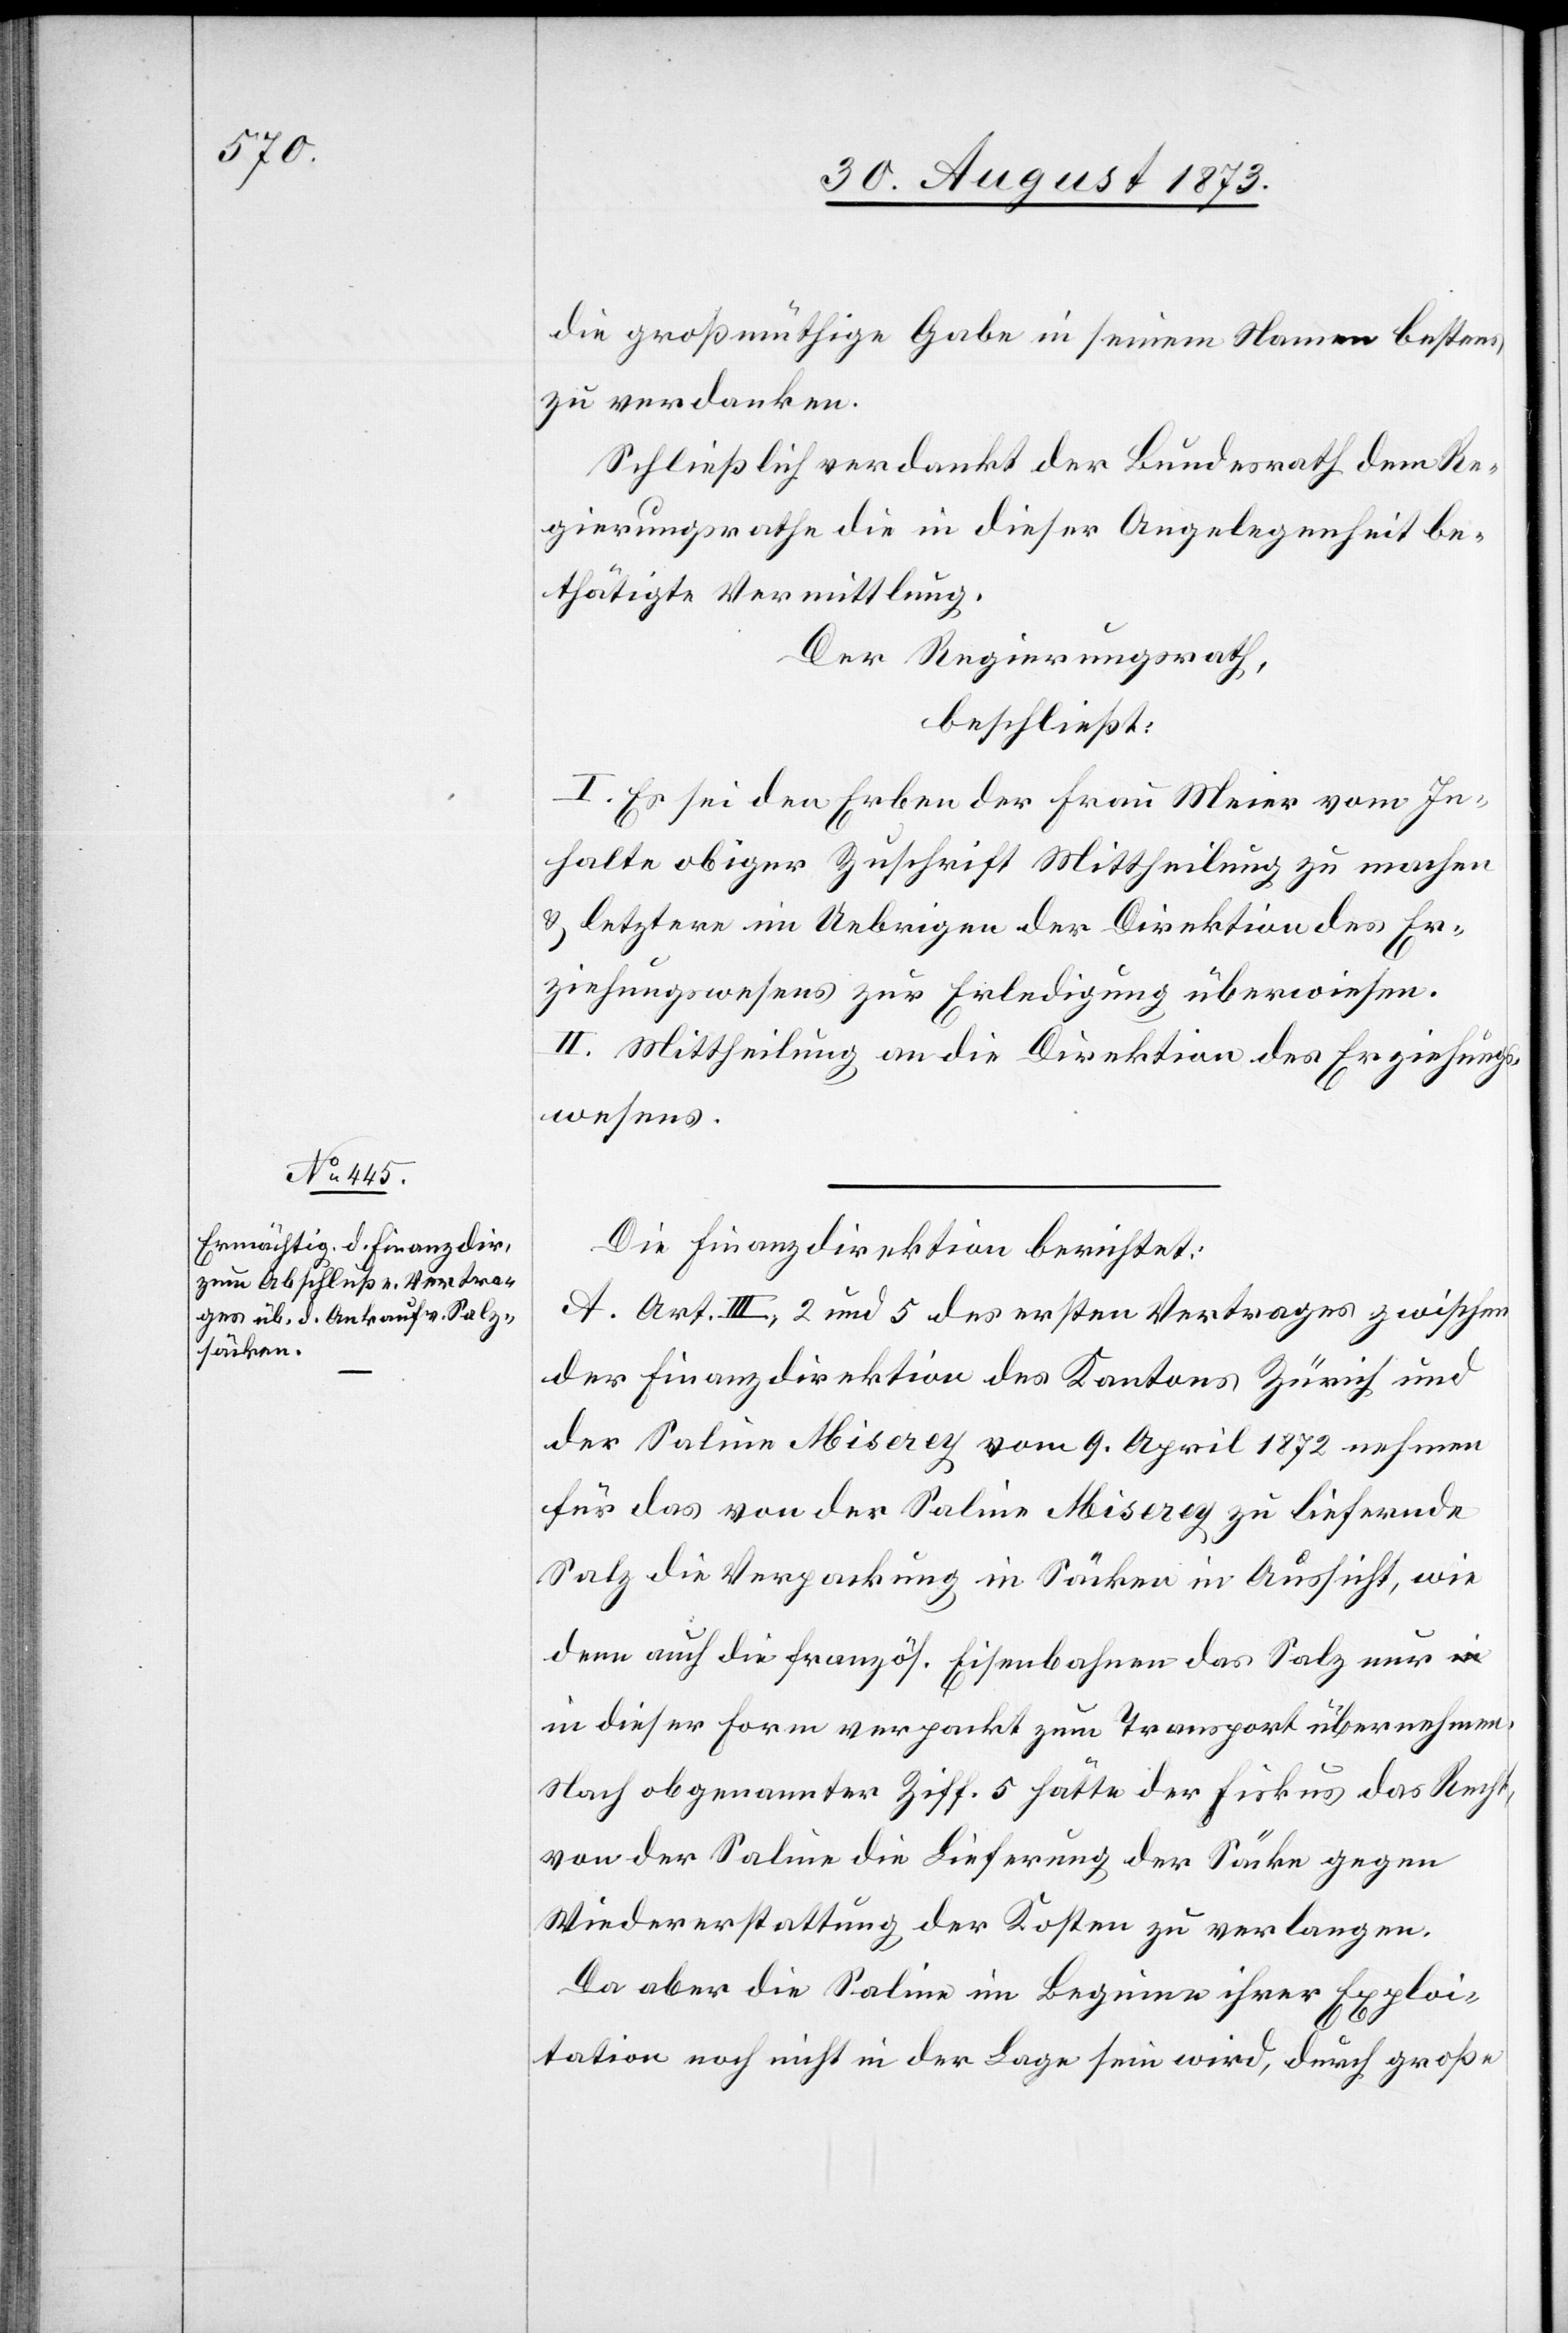
die großmüthige Gabe in seinem Namen bestens
zu verdanken.
Schließlich verdankt der Bundesrath dem Re¬
gierungsrathe die in dieser Angelegenheit be¬
thätigte Vermittlung.
Der Regierungsrath,
beschließt:
I. Es sei den Erben der Frau Meier vom In¬
halte obiger Zuschrift Mittheilung zu machen
& letztere im Uebrigen der Direktion des Er¬
ziehungswesens zur Erledigung überwiesen.
II. Mittheilung an die Direktion des Erziehungs¬
wesens.
Die Finanzdirektion berichtet:
A. Art. III, 2 und 5 des ersten Vertrages zwischen
der Finanzdirektion des Kantons Zürich und
der Saline Miserey vom 9. April 1872 nehmen
für das von der Saline Miserey zu liefernde
Salz die Verpackung in Säcken in Aussicht, wie
denn auch die französ. Eisenbahnen das Salz nur
in dieser Form verpackt zum Transport übernehmen.
Nach obgenannter Ziff. 5 hätte der Fiskus das Recht,
von der Saline die Lieferung der Säcke gegen
Wiedererstattung der Kosten zu verlangen.
Da aber die Saline im Beginne ihrer Exploi¬
tation noch nicht in der Lage sein wird, durch große